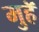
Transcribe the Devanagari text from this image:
मुहॅ